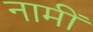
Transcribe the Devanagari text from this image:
नामीं